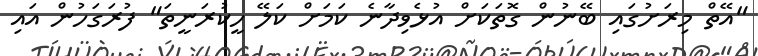
"އޭތް މިރަށުގައި ބޭނުން ގޮތަކަށް އުޅެވިދާނެ ކަމަށް ކަލޭ ހީކުރަނީތަ" ފުރަގަހުން އައި